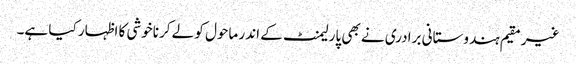
غیر مقیم ہندوستانی برادری نے بھی پارلیمنٹ کے اندر ماحول کو لے کرناخوشی کا اظہار کیا ہے۔